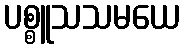
ပစ္စူသသမယေ